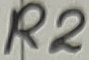
Text: R2